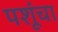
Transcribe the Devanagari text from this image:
पशूंचा